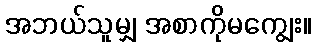
အဘယ်သူမျှ အစာကိုမကျွေး။